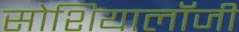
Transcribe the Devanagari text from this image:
सोशियालॉजी